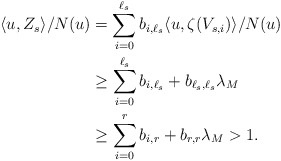
\begin{align*}\langle u , Z_{s} \rangle / N(u) &= \sum_{i = 0}^{\ell_s} b_{i,\ell_s} \langle u , \zeta(V_{s,i}) \rangle / N(u)\\&\ge \sum_{i = 0}^{\ell_s} b_{i,\ell_s} + b_{\ell_s,\ell_s} \lambda_M\\&\ge \sum_{i = 0}^{r} b_{i,r} + b_{r,r} \lambda_M > 1.\end{align*}